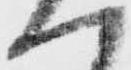
一